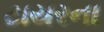
ટાયરના